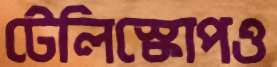
টেলিস্কোপও